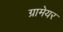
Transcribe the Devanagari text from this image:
ग्रामेयर